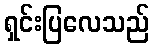
ရှင်းပြလေသည်